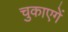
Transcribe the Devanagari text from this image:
चुकाएगें